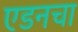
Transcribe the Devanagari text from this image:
एडनचा